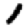
Digit: 1